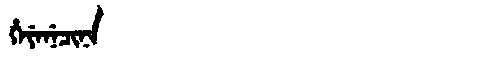
Manchu: ᡥᡝᠶᡝᠨᡝᠴᡳᠨᠠ
Romanization: HEYENECINA